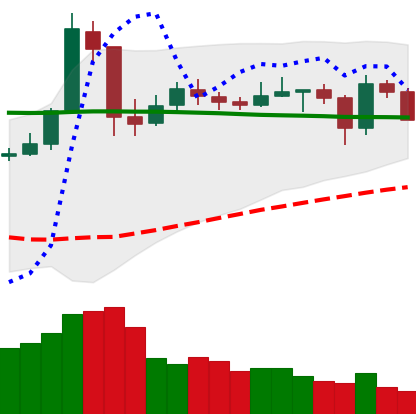
Ticker: NEO-USD
Chart end date: 2020-05-24
Forward return: 5.401%
Label: up_5_7